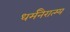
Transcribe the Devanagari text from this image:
धर्मनैरात्म्य